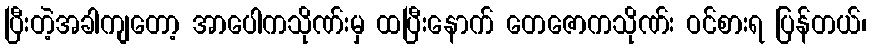
ပြီးတဲ့အခါကျတော့ အာပေါကသိုဏ်းမှ ထပြီးနောက် တေဇောကသိုဏ်း ဝင်စားရ ပြန်တယ်၊